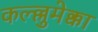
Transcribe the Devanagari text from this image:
कल्ल्लुमेक्का